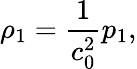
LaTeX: \rho_{1}=\frac{1}{c_{0}^{2}}p_{1},